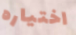
اختياره